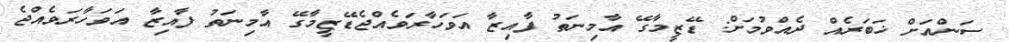
ސަންއަށް ޚަބަރެއް ދެއްވުމަށް: ޑޭޒީމާގޭ އާމިނަތު ފާއިޒާ އަވަހާރަވެއްޖެޑޭޒީމާގޭ އާމިނަތު ފާއިޒާ އަވަހާރަވެއްޖެ